Tartu_pedagoogiumi_aruanded, lk 10
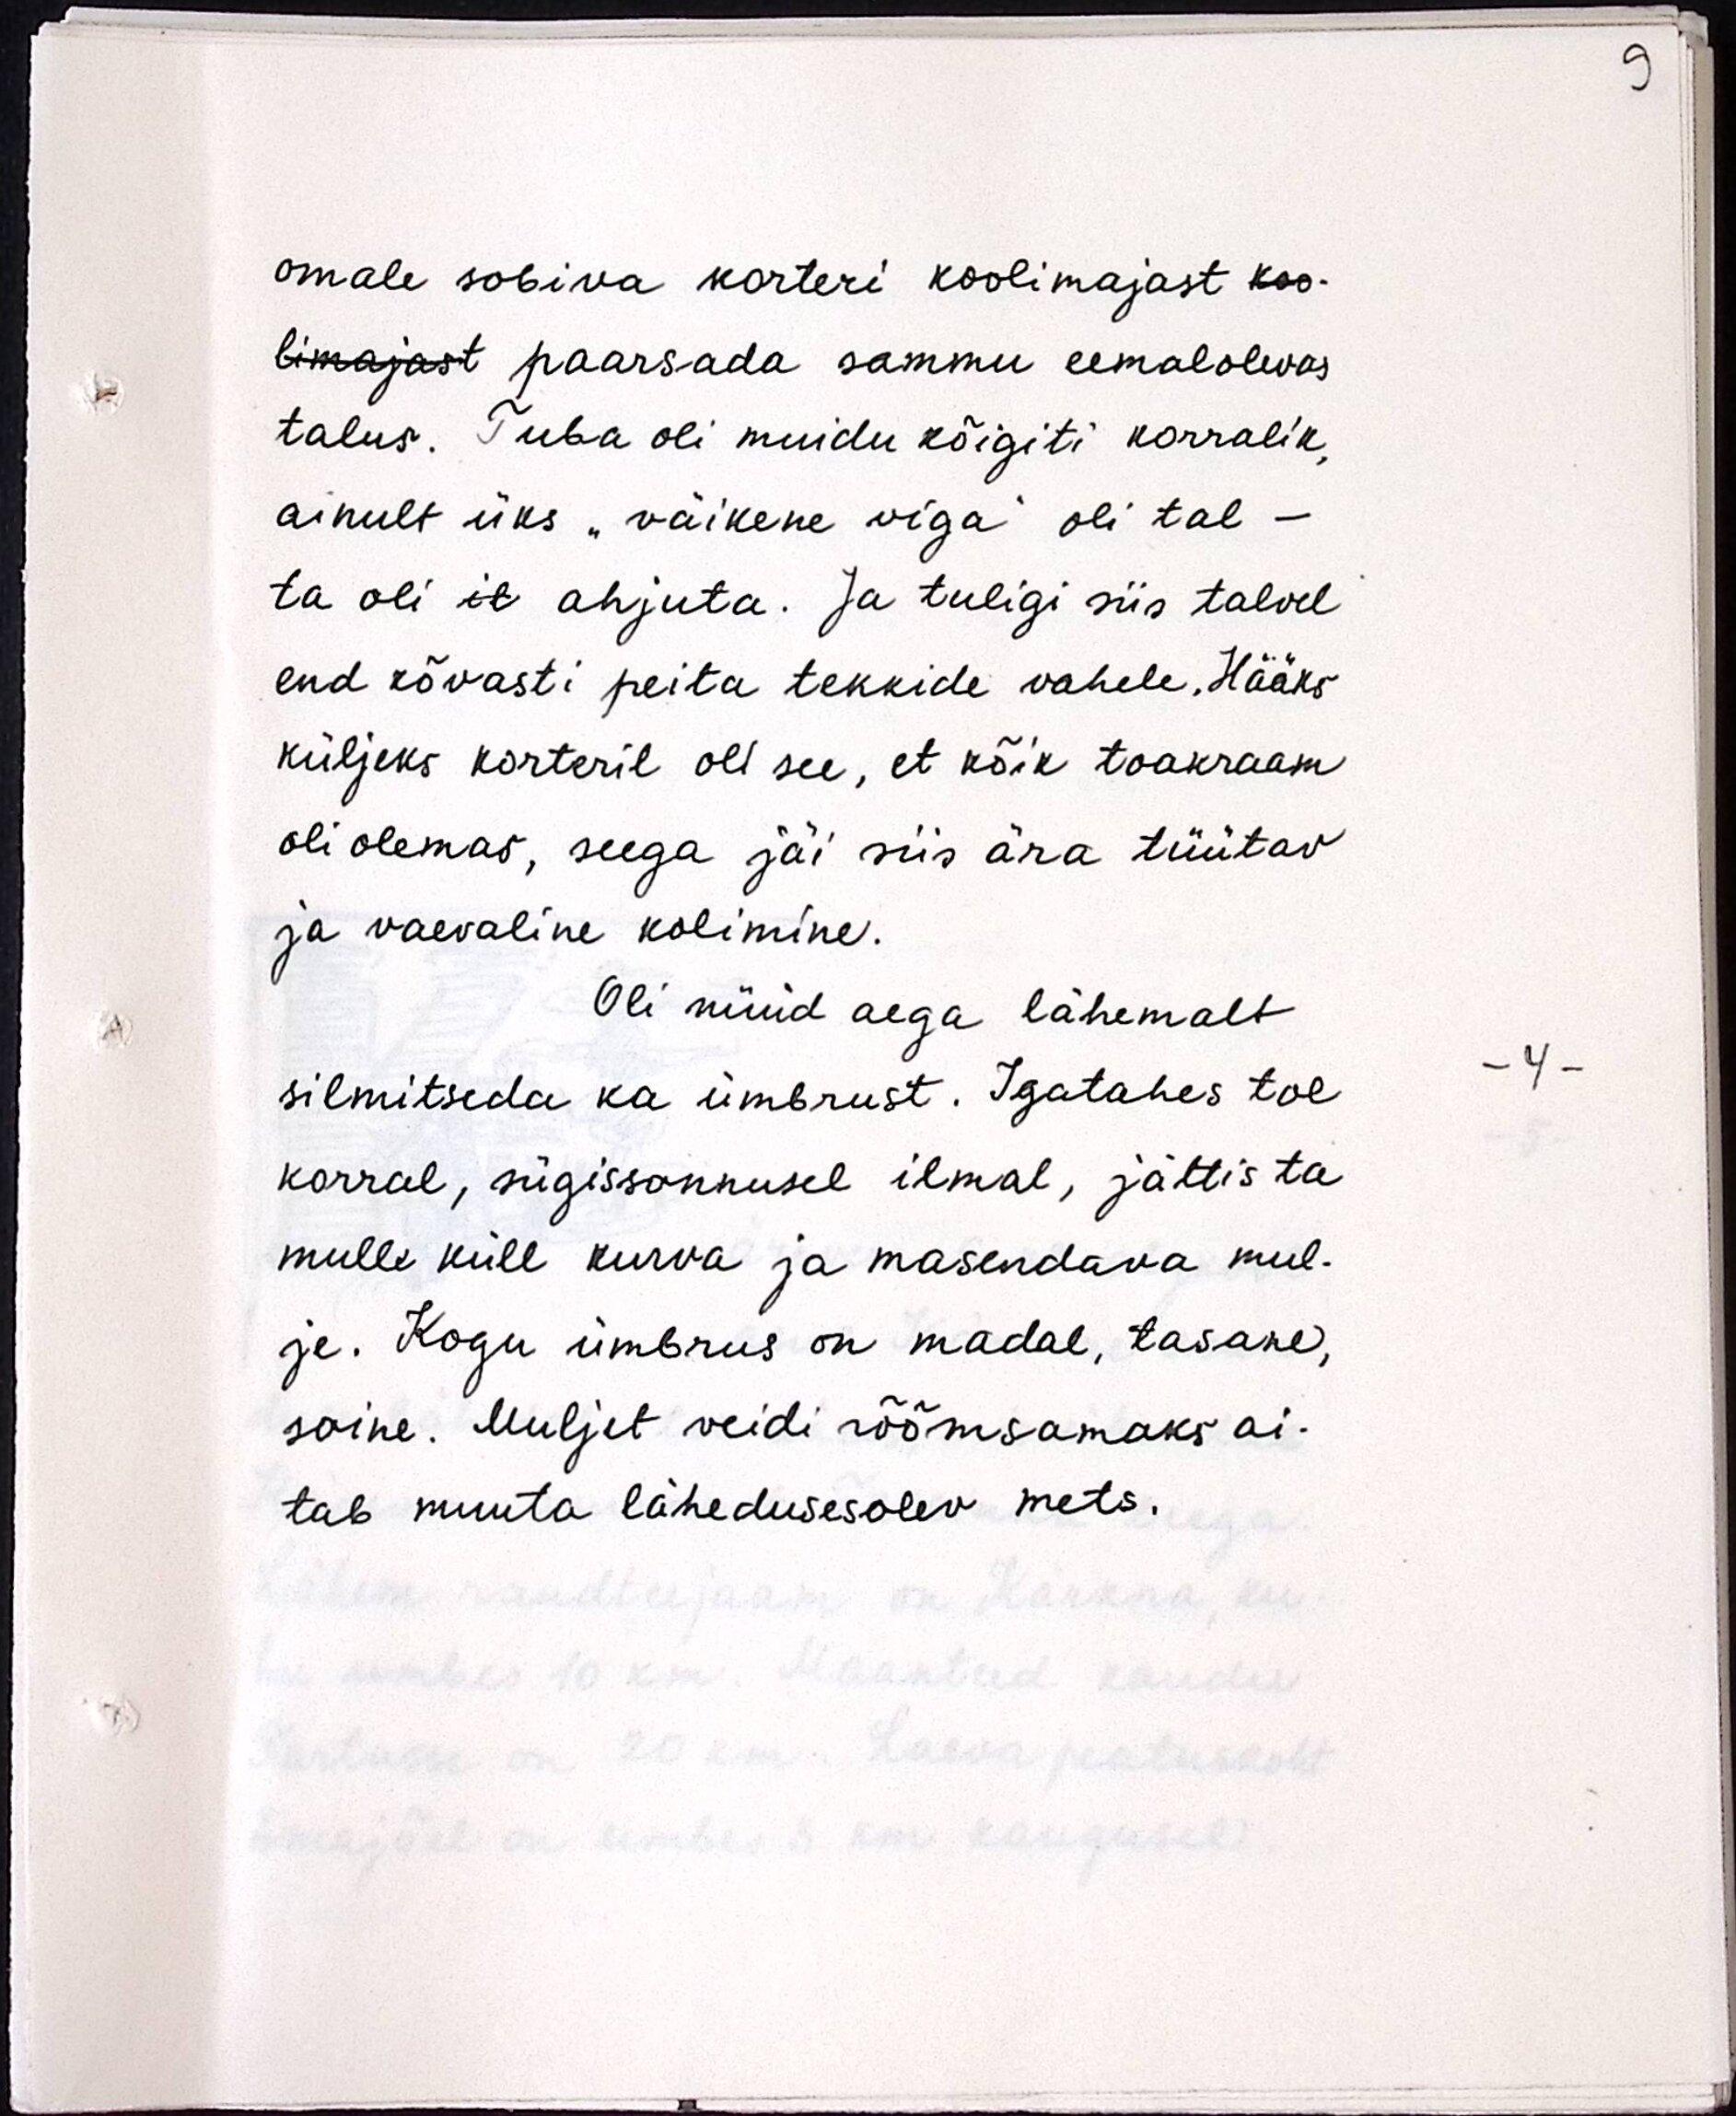
omale sobiva korteri koolimajast koo-
limajast paarsada sammu eemalolevas
talus. Tuba oli muidu kõigiti korralik,
ainult üks "väikene viga" oli tal -
ta oli il ahjuta. Ja tuligi siis talvel
end kõvasti peita tekkide vahele. Hääks
küljeks korteril oli see, et kõik toakraam
oli olemas, seega jäi siis ära tüütav
ja vaevaline kolimine.
Oli nüüd aega lähemalt
silmitseda ka ümbrust. Igatahes tol
korral, sügissonnusel ilmal, jättis ta
mulle küll kurva ja masendava mul-
je. Kogu ümbrus on madal, tasane,
soine. Muljet veidi rõõmsamaks ai-
tab muuta lähedusesolev mets.